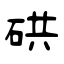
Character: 硔